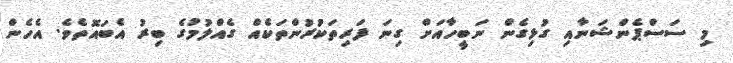
މި ސަސްޕެންޝަނާއި ގުޅިގެން ނަބީހާއަށް ގިނަ ފަރިތަކުރުންތަކެއް ގެއްލުމުގެ ބިރު އެބައޮތެވެ. އެހެން